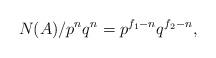
LaTeX: \begin{align*}N(A) / p^{n} q^{n}=p^{f_{1}-n} q^{f_{2}-n},\end{align*}